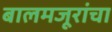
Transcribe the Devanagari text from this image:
बालमजूरांचा